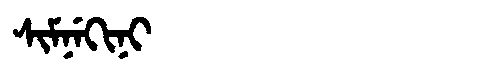
Manchu: ᠰᡳᠮᠨᡝᡴᡳᠨᡳ
Romanization: SIMNEKINI